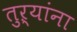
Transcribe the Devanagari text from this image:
तुऱ्यांना